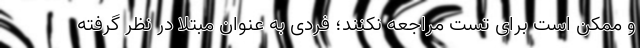
و ممکن است برای تست مراجعه نکنند؛ فردی به عنوان مبتلا در نظر گرفته